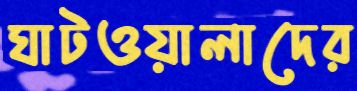
ঘাটওয়ালাদের